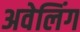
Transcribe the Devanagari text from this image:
अवेलिंग